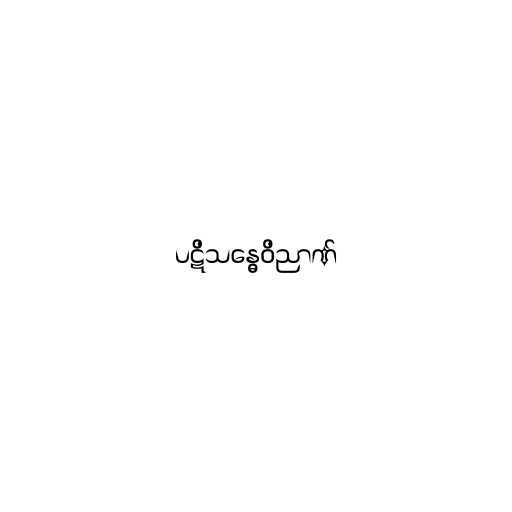
ပဋိသန္ဓေဝိညာဏ်